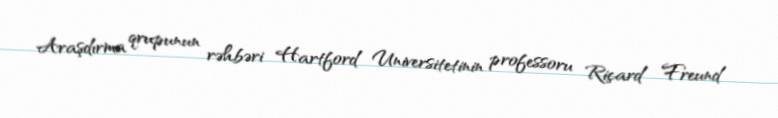
Araşdırma qrupunun rəhbəri Hartford Universitetinin professoru Riçard Freund